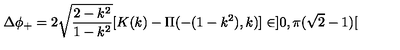
\Delta \phi _ { + } = 2 \sqrt { \frac { 2 - k ^ { 2 } } { 1 - k ^ { 2 } } } [ K ( k ) - \Pi ( - ( 1 - k ^ { 2 } ) , k ) ] \in ] 0 , \pi ( \sqrt { 2 } - 1 ) [